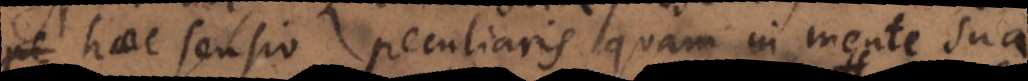
haec sensio peculiaris quam in mente sua